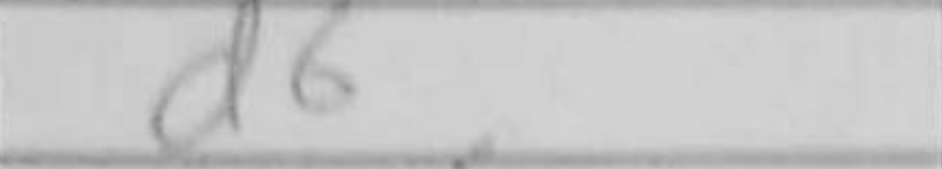
Transcription: d6